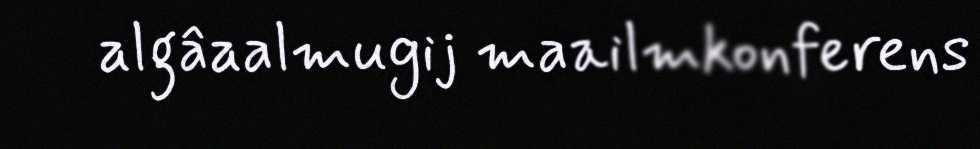
algâaalmugij maailmkonferens